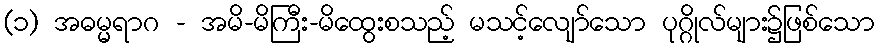
(၁) အဓမ္မရာဂ - အမိ-မိကြီး-မိထွေးစသည့် မသင့်လျော်သော ပုဂ္ဂိုလ်များ၌ဖြစ်သော